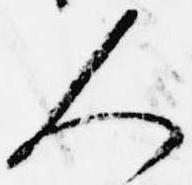
人